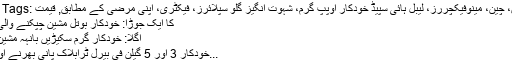
Hot Tags: مشین، چین، مینوفیکچررز، لیبل ہائی سپیڈ خودکار اوپپ گرم، شہوت انگیز گلو سپلائرز، فیکٹری، اپنی مرضی کے مطابق, قیمت
کا ایک جوڑا: خودکار بوتل مشین چپکنے والی لیبل
اگلا: خودکار گرم سکیڑیں بانہہ مشین لیبل
خودکار 3 اور 5 گیلن فی بیرل ٹرابلاک پانی بھرنے اور پ...